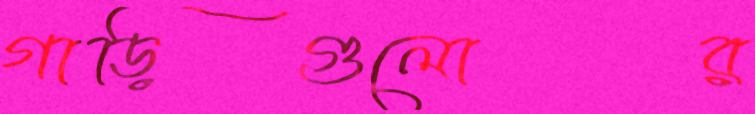
গাড়িগুলোর